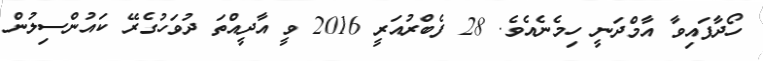
ހޯދާފައިވާ އާމްދަނީ ހިމެނެއެވެ. 28 ފެބްރުއަރީ 2016 ވީ އާދީއްތަ ދުވަހުގެރޭ ކައުންސިލުން